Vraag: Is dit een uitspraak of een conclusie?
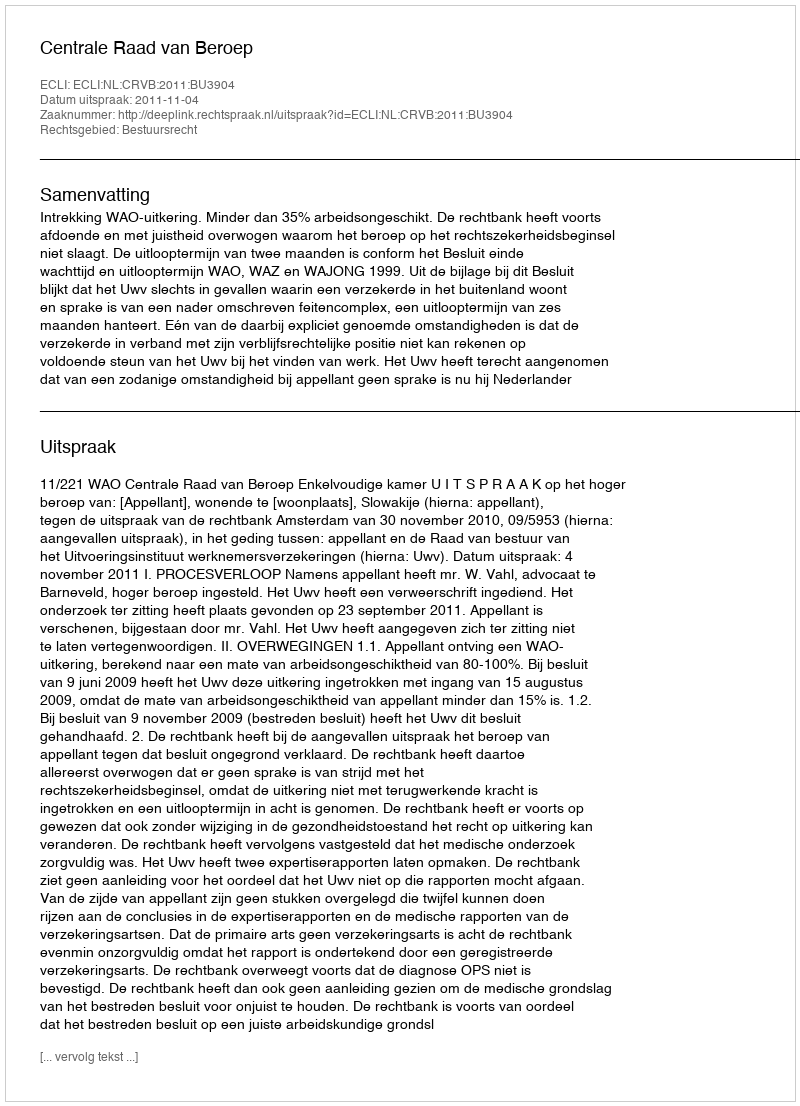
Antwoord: Uitspraak